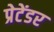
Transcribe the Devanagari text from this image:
प्रेटेंडर